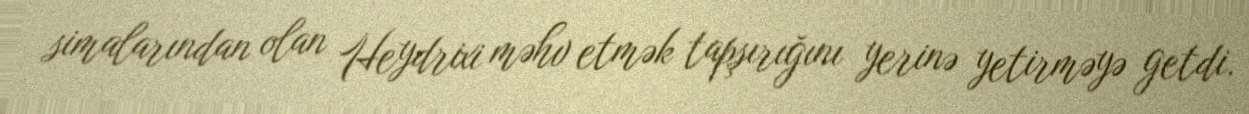
simalarından olan Heydrixi məhv etmək tapşırığını yerinə yetirməyə getdi.